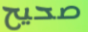
صحيح